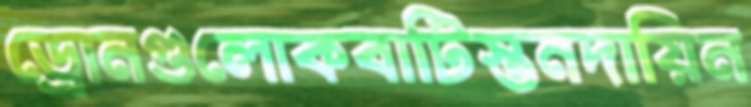
ড্রোনগুলোকবাটিস্তনদায়িন